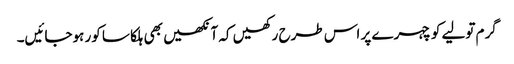
گرم تولیے کو چہرے پر اس طرح رکھیں کہ آنکھیں بھی ہلکا سا کور ہوجائیں۔